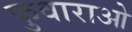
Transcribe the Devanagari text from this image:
फुवाराओ